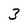
Character: 3